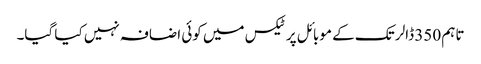
تاہم 350 ڈالر تک کے موبائل پر ٹیکس میں کوئی اضافہ نہیں کیا گیا۔